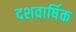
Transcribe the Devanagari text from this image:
दशवार्षिक